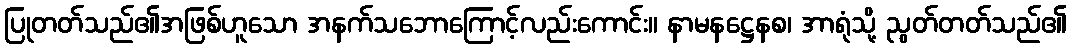
ပြုတတ်သည်၏အဖြစ်ဟူသော အနက်သဘောကြောင့်လည်းကောင်း။ နာမနဋ္ဌေနစ၊ အာရုံသို့ ညွတ်တတ်သည်၏